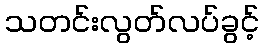
သတင်းလွတ်လပ်ခွင့်